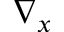
\nabla _ { x }